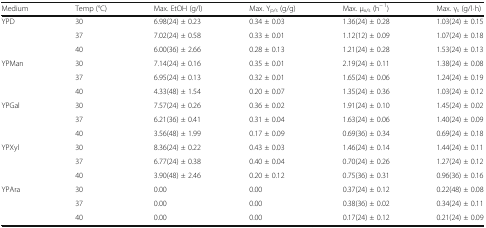
<table><thead><tr><td><b>Medium</b></td><td><b>Temp (°C)</b></td><td><b>Max. EtOH (g/l)</b></td><td><b>Max. Y<sub>p/s</sub> (g/g)</b></td><td><b>Max. μ<sub>x/s</sub> (h<sup>− 1</sup>)</b></td><td><b>Max. γ<sub>s</sub> (g/l⋅h)</b></td></tr></thead><tbody><tr><td rowspan="3">YPD</td><td>30</td><td>6.98(24) ± 0.23</td><td>0.34 ± 0.03</td><td>1.36(24) ± 0.28</td><td>1.03(24) ± 0.15</td></tr><tr><td>37</td><td>7.02(24) ± 0.58</td><td>0.33 ± 0.01</td><td>1.12(12) ± 0.09</td><td>1.07(24) ± 0.18</td></tr><tr><td>40</td><td>6.00(36) ± 2.66</td><td>0.28 ± 0.13</td><td>1.21(24) ± 0.28</td><td>1.53(24) ± 0.13</td></tr><tr><td rowspan="3">YPMan</td><td>30</td><td>7.14(24) ± 0.16</td><td>0.35 ± 0.01</td><td>2.19(24) ± 0.11</td><td>1.38(24) ± 0.08</td></tr><tr><td>37</td><td>6.95(24) ± 0.13</td><td>0.32 ± 0.01</td><td>1.65(24) ± 0.06</td><td>1.24(24) ± 0.19</td></tr><tr><td>40</td><td>4.33(48) ± 1.54</td><td>0.20 ± 0.07</td><td>1.35(24) ± 0.36</td><td>1.03(24) ± 0.12</td></tr><tr><td rowspan="3">YPGal</td><td>30</td><td>7.57(24) ± 0.26</td><td>0.36 ± 0.02</td><td>1.91(24) ± 0.10</td><td>1.45(24) ± 0.02</td></tr><tr><td>37</td><td>6.21(36) ± 0.41</td><td>0.31 ± 0.04</td><td>1.63(24) ± 0.06</td><td>1.40(24) ± 0.09</td></tr><tr><td>40</td><td>3.56(48) ± 1.99</td><td>0.17 ± 0.09</td><td>0.69(36) ± 0.34</td><td>0.69(24) ± 0.18</td></tr><tr><td rowspan="3">YPXyl</td><td>30</td><td>8.36(24) ± 0.22</td><td>0.43 ± 0.03</td><td>1.46(24) ± 0.14</td><td>1.44(24) ± 0.11</td></tr><tr><td>37</td><td>6.77(24) ± 0.38</td><td>0.40 ± 0.04</td><td>0.70(24) ± 0.26</td><td>1.27(24) ± 0.12</td></tr><tr><td>40</td><td>3.90(48) ± 2.46</td><td>0.20 ± 0.12</td><td>0.75(36) ± 0.31</td><td>0.96(36) ± 0.16</td></tr><tr><td rowspan="3">YPAra</td><td>30</td><td>0.00</td><td>0.00</td><td>0.37(24) ± 0.12</td><td>0.22(48) ± 0.08</td></tr><tr><td>37</td><td>0.00</td><td>0.00</td><td>0.38(36) ± 0.02</td><td>0.34(24) ± 0.11</td></tr><tr><td>40</td><td>0.00</td><td>0.00</td><td>0.17(24) ± 0.12</td><td>0.21(24) ± 0.09</td></tr></tbody></table>